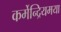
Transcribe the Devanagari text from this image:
कर्मेन्द्रियमया